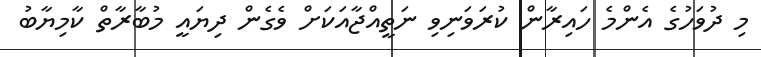
މި ދުވަހުގެ އެންމެ ހައިރާން ކުރަވަނިވި ނަތީއްޖާއަކަށް ވެގެން ދިޔައީ މުބާރާތް ކާމިޔާބު